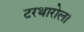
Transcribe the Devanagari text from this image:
टरथारोल।